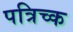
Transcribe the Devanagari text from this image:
पत्रिच्क